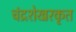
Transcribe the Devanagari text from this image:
चंद्रशेखरकृत